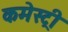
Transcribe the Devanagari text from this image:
कमेस्ट्री